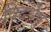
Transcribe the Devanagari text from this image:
विदथेषु